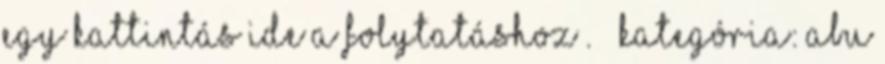
Egy kattintás ide a folytatáshoz . → Kategória: Abu